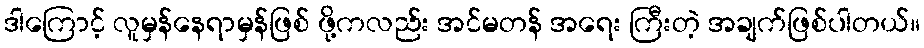
ဒါကြောင့် လူမှန်နေရာမှန်ဖြစ် ဖို့ကလည်း အင်မတန် အရေး ကြီးတဲ့ အချက်ဖြစ်ပါတယ်။